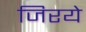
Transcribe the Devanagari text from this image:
जिरये